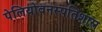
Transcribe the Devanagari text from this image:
पेलियोवनस्पतिशास्त्र